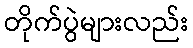
တိုက်ပွဲများလည်း